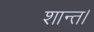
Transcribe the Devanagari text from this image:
शान्त।